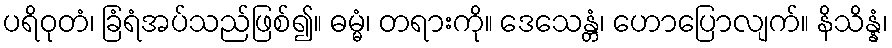
ပရိဝုတံ၊ ခြံရံအပ်သည်ဖြစ်၍။ ဓမ္မံ၊ တရားကို။ ဒေသေန္တံ၊ ဟောပြောလျက်။ နိသိန္နံ၊